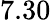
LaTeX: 7.30